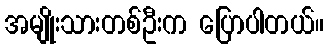
အမျိုးသားတစ်ဦးက ပြောပါတယ်။